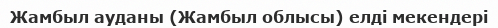
Жамбыл ауданы (Жамбыл облысы) елді мекендері